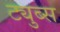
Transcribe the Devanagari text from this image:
ट्युब्स